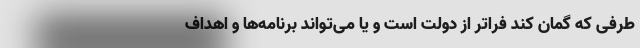
طرفی که گمان کند فراتر از دولت است و یا می‌تواند برنامه‌ها و اهداف